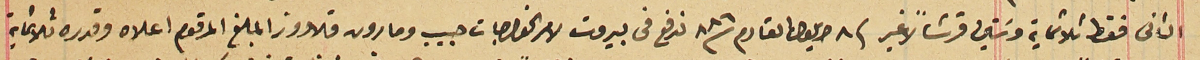
الثانى فقط ثلاثماية وسَتين قرشاً لا غير فى ٨ ايلول القادم سنة ٨٨٦ تدفع فى بيروت لامر الخواجات حبيب ومارون قلاووز المبلغ المرقوم اعلاه وقدره ثلاثماية